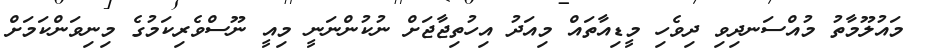
މައުލޫމާތު މުއްސަނދިވި ދިވެހި މީޑިއާތައް މިއަދު އިހުތިޖާޖަށް ނުކުންނަނީ މިއީ ނޫސްވެރިކަމުގެ މިނިވަންކަމަށް